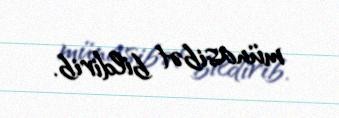
münasibət bildirib.